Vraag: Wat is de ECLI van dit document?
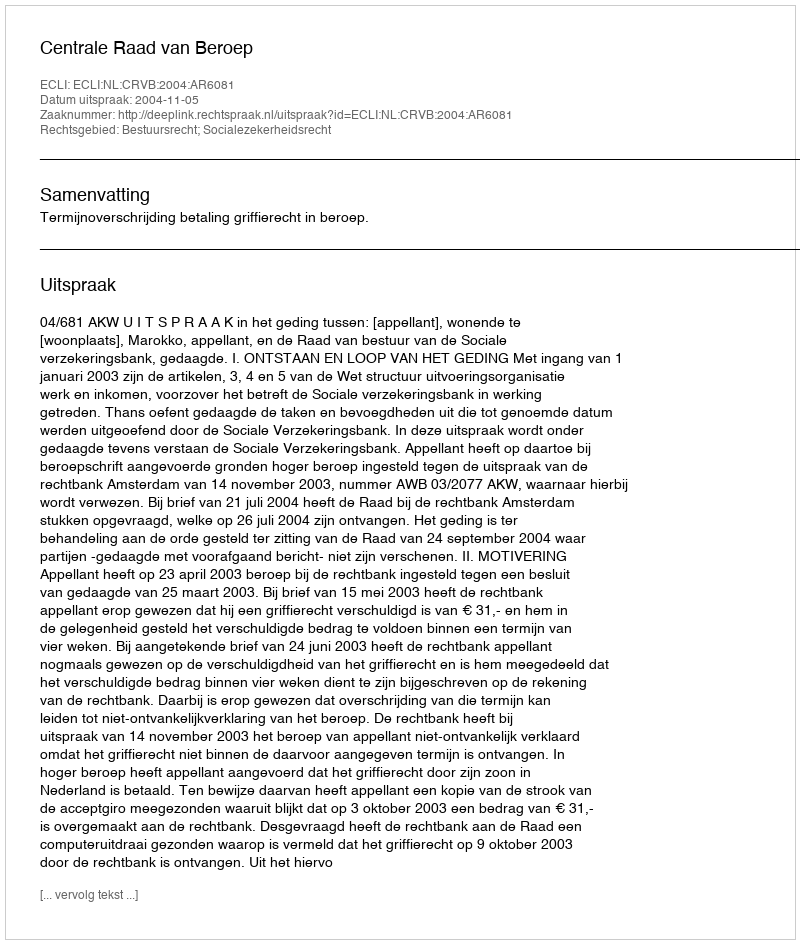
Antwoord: ECLI:NL:CRVB:2004:AR6081